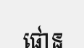
ផោន